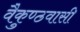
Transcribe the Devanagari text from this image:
वैकुण्ठवासी